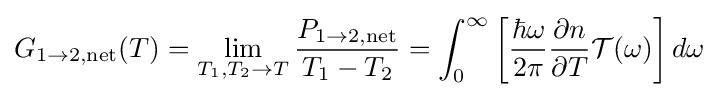
G_{\mathrm {1\rightarrow 2,net} }(T)=\lim _{T_{1},T_{2}\rightarrow T}{\frac {P_{\mathrm {1\rightarrow 2,net} }}{T_{1}-T_{2}}}=\int _{0}^{\infty }\left[{\frac {\hbar \omega }{2\pi }}{\frac {\partial n}{\partial T}}{\mathcal {T}}(\omega )\right]d\omega